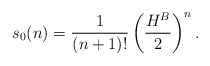
\begin{align*}s_{0}(n)= \frac{1}{(n+1)!} \left( \frac{H^{B}}{2} \right)^{n}.\end{align*}